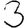
Digit: 3